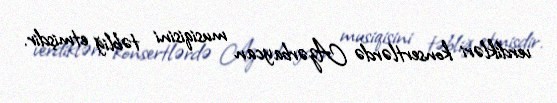
verdikləri konsertlərdə Azərbaycan musiqisini təbliğ etmişdir.